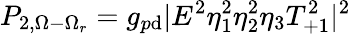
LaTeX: P_{2,\Omega-\Omega_{r}}=g_{p\mathrm{d}}|E^{2}\eta_{1}^{2}\eta_{2}^{2}\eta_{3}T_{+1}^{2}|^{2}